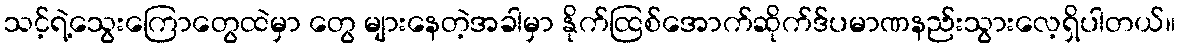
သင့်ရဲ့သွေးကြောတွေထဲမှာ တွေ များနေတဲ့အခါမှာ နိုက်ထြစ်အောက်ဆိုက်ဒ်ပမာဏနည်းသွားလေ့ရှိပါတယ်။